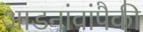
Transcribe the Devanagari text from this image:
आडनांवांपैकी